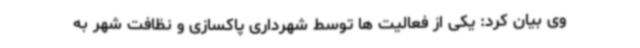
وی بیان کرد: یکی از فعالیت ها توسط شهرداری پاکسازی و نظافت شهر به